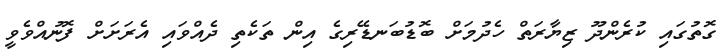
ގޮތުގައި ކުރެންދޫ ޒިޔާރަތް ހެދުމަށް ބޮޑުބަނޑޭރިގެ އިން ތަކެތި ދެއްވައި އެރަށަށް ފޮނުއްވެވީ